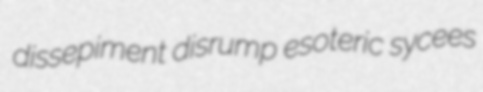
dissepiment disrump esoteric sycees